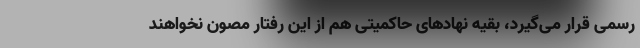
رسمی قرار می‌گیرد، بقیه نهادهای حاکمیتی هم از این رفتار مصون نخواهند